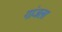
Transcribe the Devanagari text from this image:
गांजला